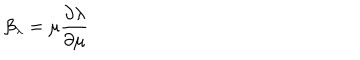
\beta _ { \lambda } = \mu { \frac { \partial \lambda } { \partial \mu } }